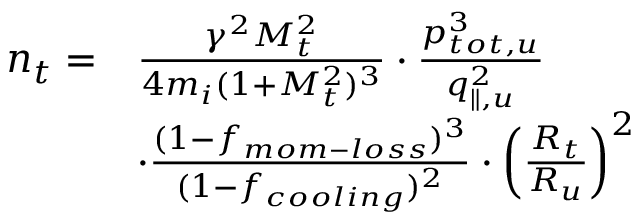
\begin{array} { r l } { n _ { t } = } & { \frac { \gamma ^ { 2 } M _ { t } ^ { 2 } } { 4 m _ { i } ( 1 + M _ { t } ^ { 2 } ) ^ { 3 } } \cdot \frac { p _ { t o t , u } ^ { 3 } } { q _ { \parallel , u } ^ { 2 } } } \\ & { \cdot \frac { ( 1 - f _ { m o m - l o s s } ) ^ { 3 } } { ( 1 - f _ { c o o l i n g } ) ^ { 2 } } \cdot \left( \frac { R _ { t } } { R _ { u } } \right) ^ { 2 } } \end{array}